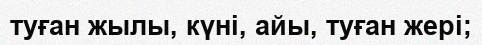
туған жылы, күні, айы, туған жері;